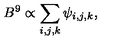
B ^ { 9 } \propto \sum _ { i , j , k } \psi _ { i , j , k } ,